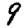
Digit: 9